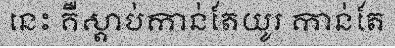
នេះ គឺស្តាប់កាន់តែយូរ កាន់តែ